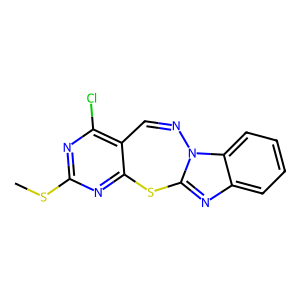
SMILES: CSc1nc(Cl)c2c(n1)Sc1nc3ccccc3n1N=C2
Inhibits HIV replication: No